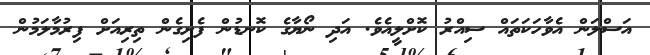
އަސްލަން އެވާހަކަތައް ސިއްރު ކޮށްލީއެވެ. އަދި ނޯޔާގެ ކޮނޑުން ފެށިގެން ތިރިއަށް ފިރުމާލަމުން